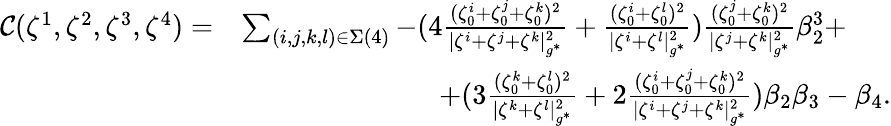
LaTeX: \begin{array}{rl}{\mathcal{C}(\zeta^{1},\zeta^{2},\zeta^{3},\zeta^{4})=}&{\sum_{(i,j,k,l)\in\Sigma(4)}-(4\frac{(\zeta_{0}^{i}+\zeta_{0}^{j}+\zeta_{0}^{k})^{2}}{|{\zeta^{i}}+{\zeta^{j}}+{\zeta^{k}}|_{g^{*}}^{2}}+\frac{(\zeta_{0}^{i}+\zeta_{0}^{l})^{2}}{|{\zeta^{i}}+{\zeta^{l}}|_{g^{*}}^{2}})\frac{(\zeta_{0}^{j}+\zeta_{0}^{k})^{2}}{|{\zeta^{j}}+{\zeta^{k}}|_{g^{*}}^{2}}\beta_{2}^{3}+}\\ &{\quad\quad\quad\quad\quad\quad\quad+(3\frac{(\zeta_{0}^{k}+\zeta_{0}^{l})^{2}}{|{\zeta^{k}}+{\zeta^{l}}|_{g^{*}}^{2}}+2\frac{(\zeta_{0}^{i}+\zeta_{0}^{j}+\zeta_{0}^{k})^{2}}{|{\zeta^{i}}+{\zeta^{j}}+{\zeta^{k}}|_{g^{*}}^{2}})\beta_{2}\beta_{3}-\beta_{4}.}\end{array}